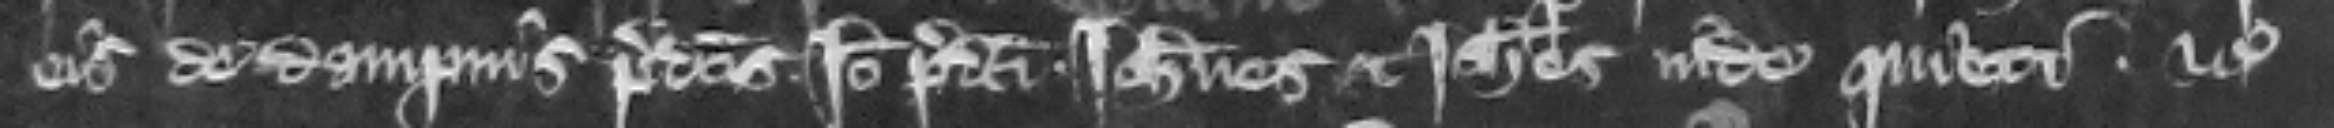
eis de dampnis predictis. Ideo predicti Iohannes et Iohannes inde quieti etc.